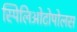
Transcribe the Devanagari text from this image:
स्पिलिओटोपोलस